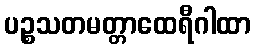
ပဉ္စသတမတ္တာထေရီဂါထာ